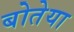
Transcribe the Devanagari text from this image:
बोतेया